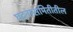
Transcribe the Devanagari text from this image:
घटनासमितीतील